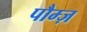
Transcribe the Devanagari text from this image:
पौम्ज़